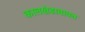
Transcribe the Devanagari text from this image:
कालखंडाबाबत